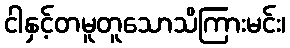
ငါနှင့်တမူတူသောသိကြားမင်း၊